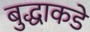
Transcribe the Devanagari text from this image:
बुद्धाकडे